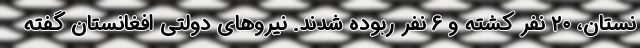
نستان، ۲۰ نفر کشته و ۶ نفر ربوده شدند. نیروهای دولتی افغانستان گفته